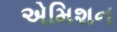
એમિશન